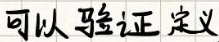
可以验证定义